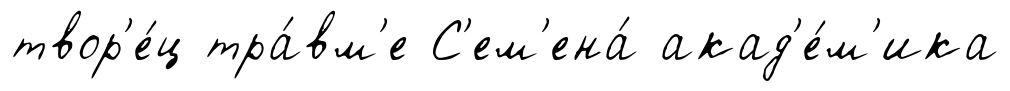
твор'е́ц тра́вм'е С'ем'ена́ акад'е́м'ика